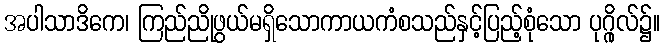
အပါသာဒိကေ၊ ကြည်ညိုဖွယ်မရှိသောကာယကံစသည်နှင့်ပြည့်စုံသော ပုဂ္ဂိုလ်၌။